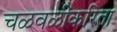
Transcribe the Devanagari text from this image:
चळवळींकरिता